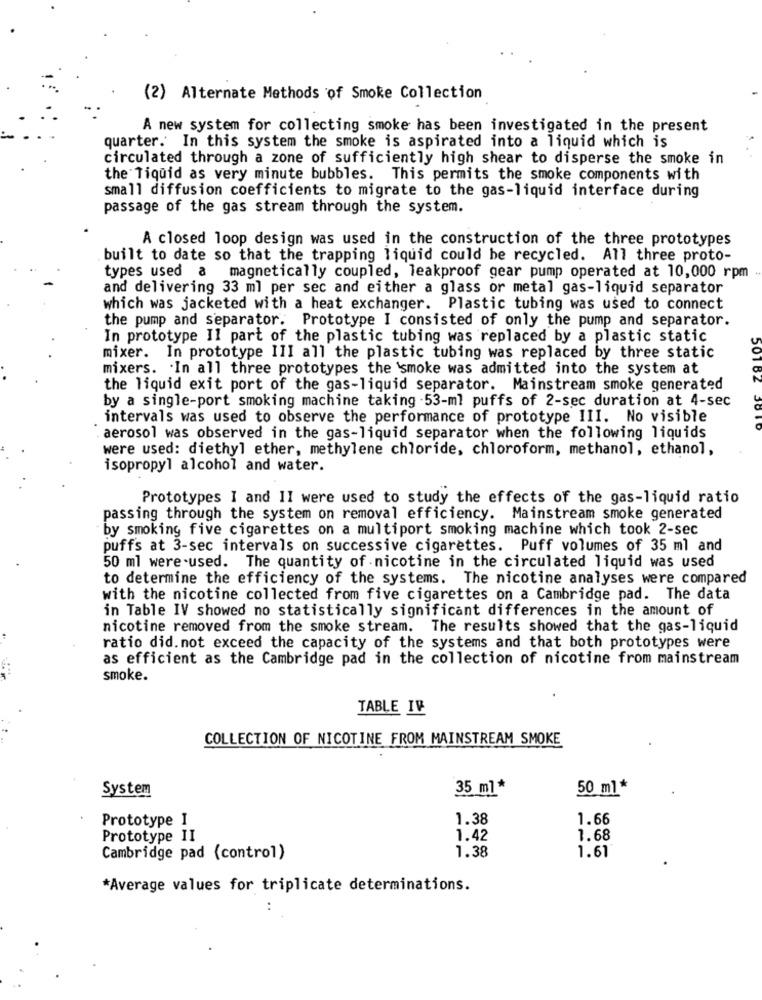
(2) Alternate Methods of Smoke Collection
A new system for collecting smoke has been investigated in the present
quarter. In this system the smoke is aspirated into a liquid which is
circulated through a zone of sufficiently high shear to disperse the smoke in
the Tiquid as very minute bubbles. This permits the smoke components with
small diffusion coefficients to migrate to the gas-liquid interface during
passage of the gas stream through the system.
A closed loop design was used in the construction of the three prototypes
built to date so that the trapping liquid could be recycled. All three proto-
types used a
magnetically coupled, leakproof gear pump operated at 10,000 rpm
and delivering 33 ml per sec and either a glass or metal gas-liquid separator
which was jacketed with a heat exchanger. Plastic tubing was used to connect
the pump and separator. Prototype I consisted of only the pump and separator.
In prototype Il part of the plastic tubing was replaced by a plastic static
mixer. In prototype III all the plastic tubing was replaced by three static
mixers. In all three prototypes the 'smoke was admitted into the system at
the liquid exit port of the gas-liquid separator. Mainstream smoke generated
501 82
by a single-port smoking machine taking -53-ml puffs of 2-sec duration at 4-sec
intervals was used to observe the performance of prototype III. No visible
aerosol was observed in the gas-liquid separator when the following liquids
were used: diethyl ether, methylene chloride, chloroform, methanol, ethanol,
isopropyl alcohol and water.
Prototypes I and II were used to study the effects of the gas-liquid ratio
passing through the system on removal efficiency. Mainstream smoke generated
by smoking five cigarettes on a multiport smoking machine which took 2-sec
puffs at 3-sec intervals on successive cigarettes. Puff volumes of 35 ml and
50 ml were used. The quantity of nicotine in the circulated liquid was used
to determine the efficiency of the systems. The nicotine analyses were compared
with the nicotine collected from five cigarettes on a Cambridge pad. The data
in Table IV showed no statistically significant differences in the amount of
nicotine removed from the smoke stream. The results showed that the gas-liquid
ratio did. not exceed the capacity of the systems and that both prototypes were
as efficient as the Cambridge pad in the collection of nicotine from mainstream
smoke.
TABLE IV
COLLECTION OF NICOTINE FROM MAINSTREAM SMOKE
System
35 ml*
50 ml *
Prototype I
1.38
1.66
Prototype II
1.42
1.68
1.38
Cambridge pad (control)
1.61
*Average values for triplicate determinations.
..